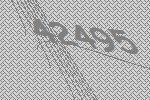
42495